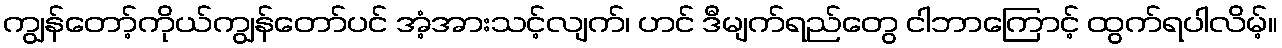
ကျွန်တော့်ကိုယ်ကျွန်တော်ပင် အံ့အားသင့်လျက်၊ ဟင် ဒီမျက်ရည်တွေ ငါဘာကြောင့် ထွက်ရပါလိမ့်။